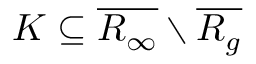
K \subseteq \overline { { R _ { \infty } } } \setminus \overline { { R _ { g } } }